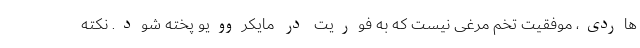
هاردی، موفقیت تخم مرغی نیست که به فوریت در مایکروویو پخته شود. نکته